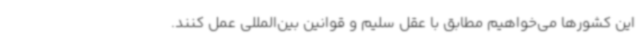
این کشورها می‌خواهیم مطابق با عقل سلیم و قوانین بین‌المللی عمل کنند.